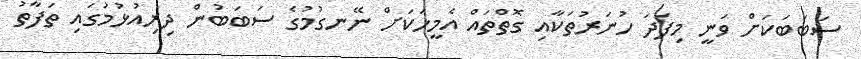
ސަބަބަކަށް ވަނީ މިފަދަ ހުނަރުތަކާއި ގޮތްތައް އެމީހަކަށް ނޭނގުމުގެ ސަބަބުން ދިރިއުޅުމުގައި ތަފާތު